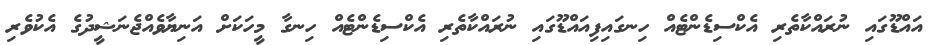
އައްޑޫގައި ނުރައްކާތެރި އެކްސިޑެންޓެއް ހިނގައިފިއައްޑޫގައި ނުރައްކާތެރި އެކްސިޑެންޓެއް ހިނގާ މީހަކަށް އަނިޔާވެއްޖެނަޝީދުގެ އެކުވެރި